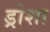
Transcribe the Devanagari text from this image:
ड्रोशा